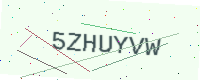
Text: 5ZHUYVW